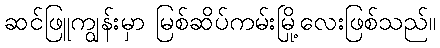
ဆင်ဖြူကျွန်းမှာ မြစ်ဆိပ်ကမ်းမြို့လေးဖြစ်သည်။